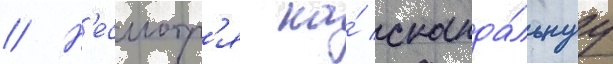
// Н'есмотр'я на́ сканда́льнуу